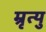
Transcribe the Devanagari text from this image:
म्रृत्यु